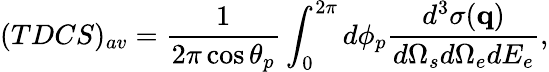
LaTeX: (TDCS)_{av}=\frac{1}{2\pi\cos\theta_{p}}\int_{0}^{2\pi}d\phi_{p}\frac{d^{3}\sigma(\mathbf{q})}{d\Omega_{s}d\Omega_{e}dE_{e}},